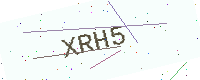
Text: XRH5